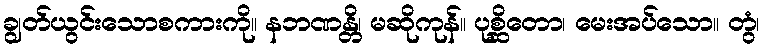
ချွတ်ယွင်းသောစကားကို။ နဘဏန္တိ၊ မဆိုကုန်။ ပုစ္ဆိတော၊ မေးအပ်သော။ တွံ၊